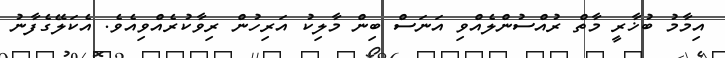
އިމާމު ބުޚާރީ މާތް ރުއްސުންލެއްވި އަނަސް ބިން މާލިކު އަރިހުން ރިވާކުރެއްވިއެވެ. އެކަލޭގެފާނު